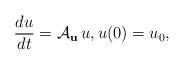
LaTeX: \begin{align*}\frac{d u}{d t}=\mathcal{A}_{\bf u}\,u,u(0)=u_0,\end{align*}